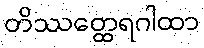
တိဿတ္ထေရဂါထာ